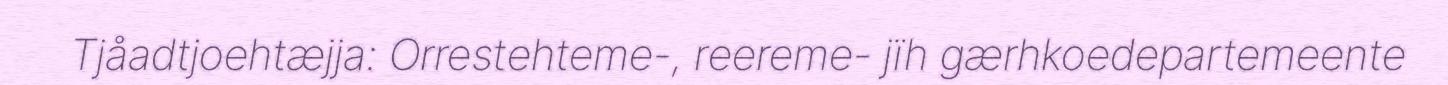
Tjåadtjoehtæjja: Orrestehteme-, reereme- jïh gærhkoedepartemeente